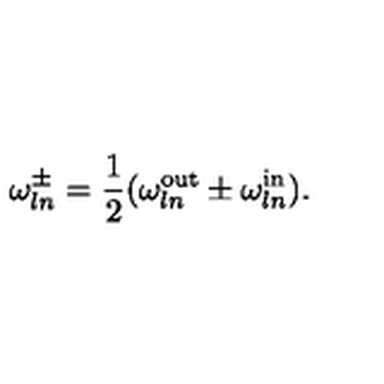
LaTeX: \omega _ { l n } ^ { \pm } = \frac { 1 } { 2 } ( \omega _ { l n } ^ { \mathrm { o u t } } \pm \omega _ { l n } ^ { \mathrm { i n } } ) .